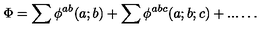
\Phi = \sum \phi ^ { a b } ( a ; b ) + \sum \phi ^ { a b c } ( a ; b ; c ) + . . . \ldots